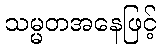
သမ္မတအနေဖြင့်